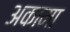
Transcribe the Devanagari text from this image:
अकामा